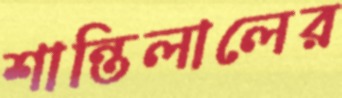
শান্তিলালের